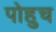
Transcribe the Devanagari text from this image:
पोहुच